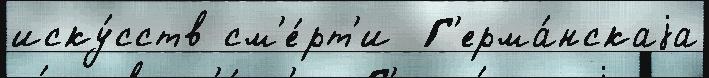
иску́сств см'е́рт'и  Г'ерма́нскаjа